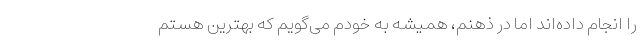
را انجام داده‌اند اما در ذهنم، همیشه به خودم می‌گویم که بهترین هستم